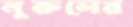
নুরুলের